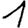
Digit: 1